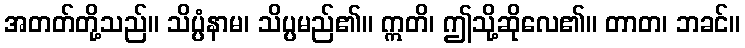
အတတ်တို့သည်။ သိပ္ပံနာမ၊ သိပ္ပမည်၏။ ဣတိ၊ ဤသို့ဆိုလေ၏။ တာတ၊ ဘခင်။